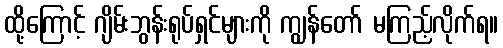
ထို့ကြောင့် ဂျိမ်းဘွန်းရုပ်ရှင်များကို ကျွန်တော် မကြည့်လိုက်ရ။